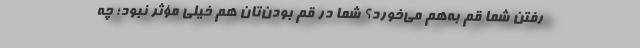
رفتن شما قم به‌هم می‌خورد؟ شما در قم بودن‌تان هم خیلی مؤثر نبود؛ چه